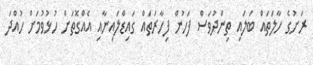
ރަށުގެ ހާލަތައް ބަލައި ތިންދުވަސް ފަހުން ފިހާރަތައް ގައިޑްލައިނާއި އެއްގޮތަށް ހުޅުވުމަށް ހުއްދަ